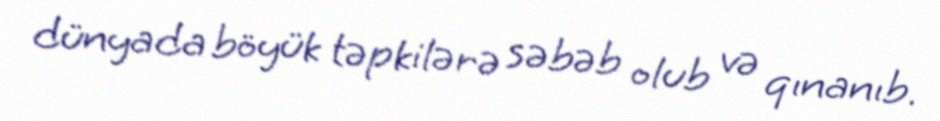
dünyada böyük təpkilərə səbəb olub və qınanıb.